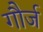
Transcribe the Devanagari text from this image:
गौर्ज